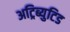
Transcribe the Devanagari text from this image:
अट्रिब्युटिड